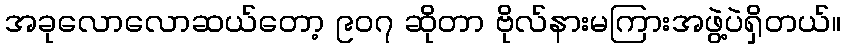
အခုလောလောဆယ်တော့ ၉၀၇ ဆိုတာ ဗိုလ်နားမကြားအဖွဲ့ပဲရှိတယ်။